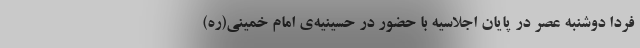
فردا دوشنبه عصر در پایان اجلاسیه با حضور در حسینیه‌ی امام خمینی(ره)